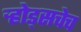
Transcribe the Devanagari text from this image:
ऱ्होड्सचेच